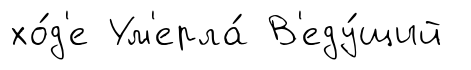
хо́д'е Ум'ерла́ В'еду́щий